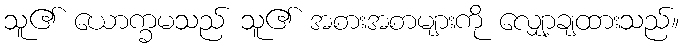
သူ၏ ယောက္ခမသည် သူ၏ အစားအစာများကို လျှော့ချထားသည်။